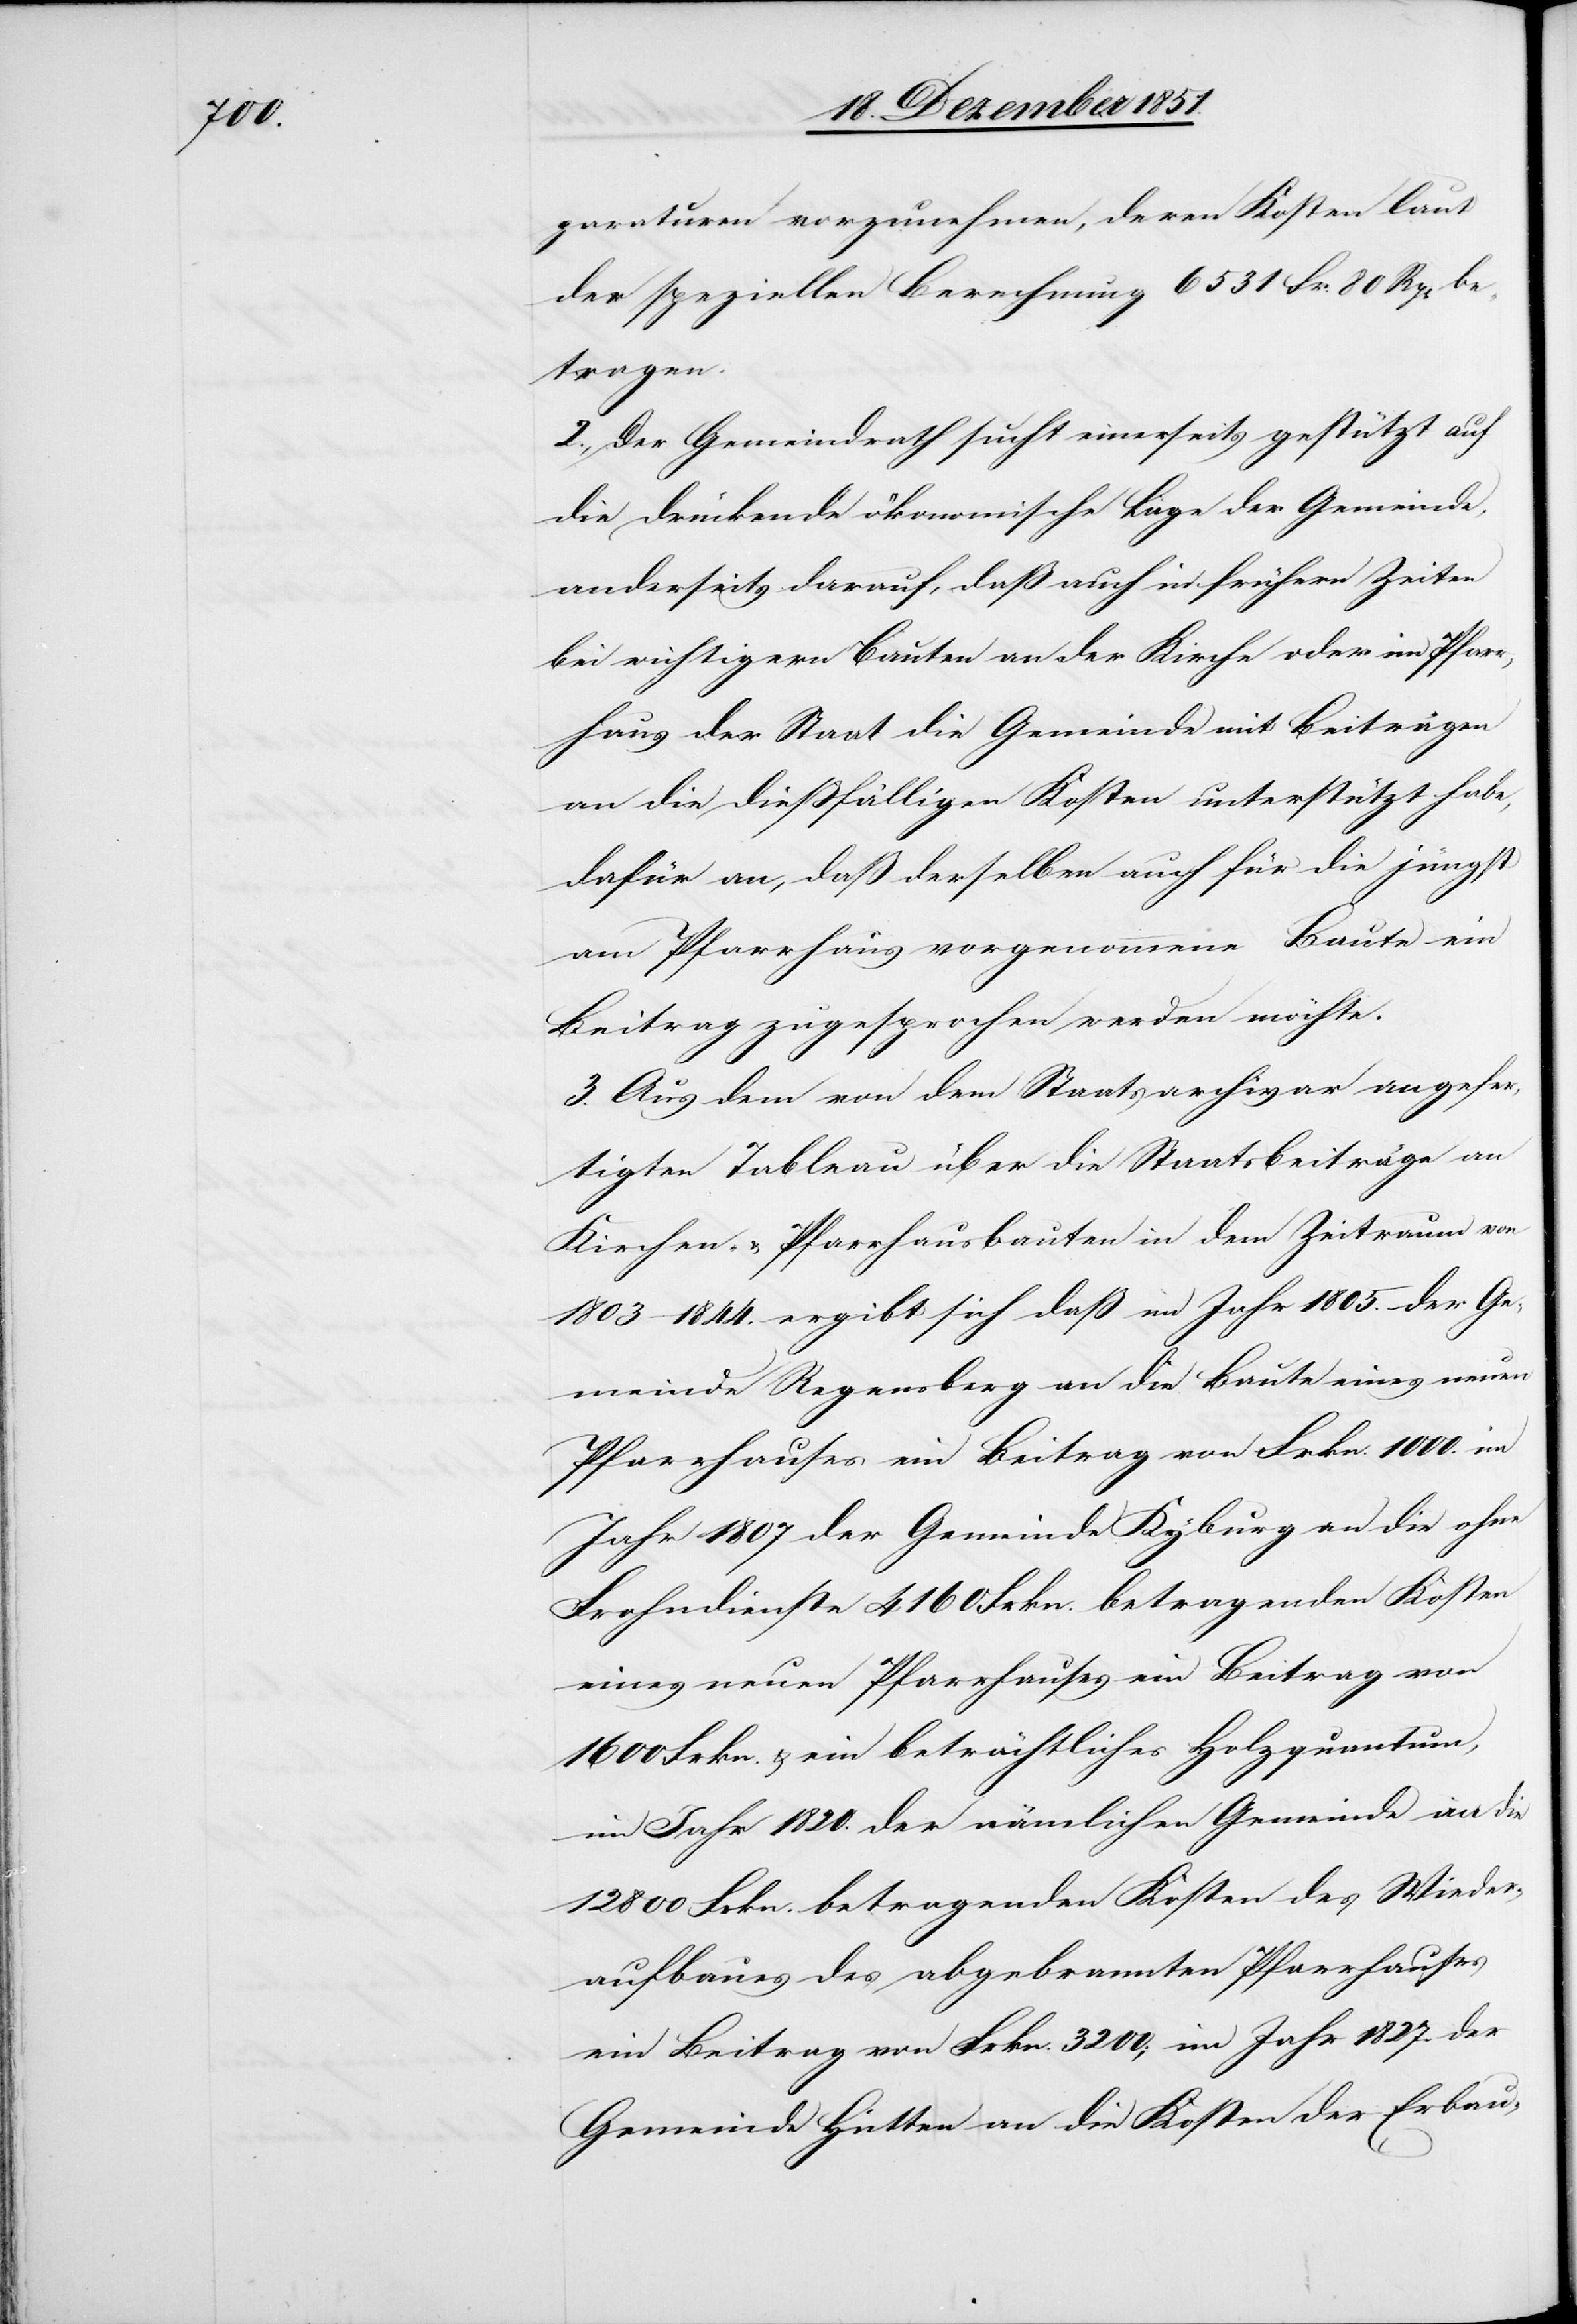
paraturen vorzunehmen, deren Kosten laut
der speziellen Berechnung 6531 Fr. 80 Rp[en] be¬
tragen.
2., Der Gemeindrath sucht einerseits gestützt auf
die drückende ökonomische Lage der Gemeinde,
anderseits darauf, daß auch in frühern Zeiten
bei wichtigern Bauten an der Kirche oder im Pfarr¬
haus der Staat die Gemeinde mit Beiträgen
an die dießfälligen Kosten unterstützt habe,
dafür an, daß derselben auch für die jüngst
am Pfarrhaus vorgenommene Baute ein
Beitrag zugesprochen werden möchte.
3. Aus dem von dem Staatsarchivar angefer¬
tigten Tableau über die Staatsbeiträge an
Kirchen- & Pfarrhausbauten in dem Zeitraum von
1803–1844. ergibt sich daß im Jahr 1805. der Ge¬
meinde Regensberg an die Baute eines neuen
Pfarrhauses ein Beitrag von Frkn. 1000.[,]
Jahr 1807 der Gemeinde Kyburg an die ohne
Frohndienste 4160 Frkn. betragenden Kosten
eines neuen Pfarrhauses ein Beitrag von
1600 Frkn. & ein beträchtliches Holzquantum,
im Jahr 1820. der nämlichen Gemeinde an die
12 800 Frkn. betragenden Kosten des Wieder¬
aufbaues des abgebrannten Pfarrhauses
ein Beitrag von Frkn. 3200; im Jahr 1827. der
Gemeinde Hütten an die Kosten der Erbau-